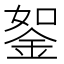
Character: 𨦔